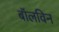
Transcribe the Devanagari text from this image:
बॉलविन